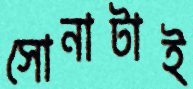
সোনাটাই